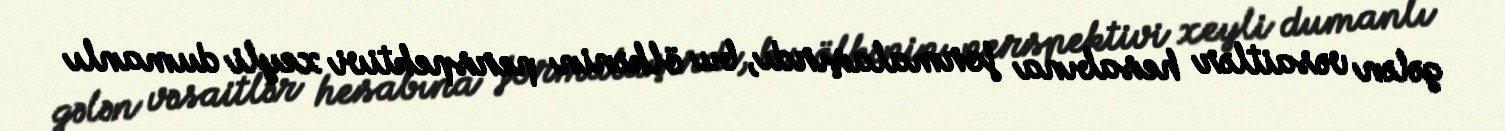
gələn vəsaitlər hesabına formalaşırdı, bu ölkənin perspektivi xeyli dumanlı